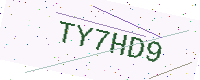
Text: TY7HD9